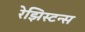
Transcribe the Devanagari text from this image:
रेझिस्टन्स